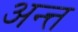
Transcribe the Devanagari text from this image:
अन्त्त